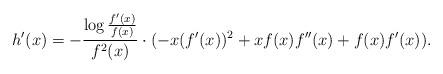
LaTeX: \begin{align*}h'(x)=-\frac{\log{ \frac{f'(x)}{f(x)} }}{f^2(x)}\cdot (-x(f'(x))^2+xf(x)f''(x)+f(x)f'(x)).\end{align*}